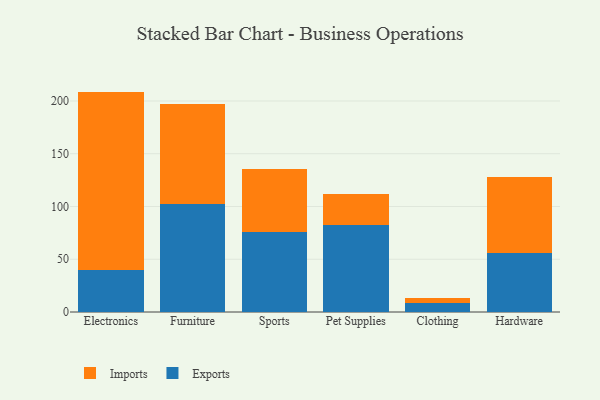
{"axis": {"x": "Category", "y": "Humidity (%)"}, "legend": ["Exports", "Imports"], "data": [{"x": "Electronics", "y": 40.1, "type": "Exports"}, {"x": "Electronics", "y": 168.8, "type": "Imports"}, {"x": "Furniture", "y": 102.3, "type": "Exports"}, {"x": "Furniture", "y": 95.3, "type": "Imports"}, {"x": "Sports", "y": 75.5, "type": "Exports"}, {"x": "Sports", "y": 60.2, "type": "Imports"}, {"x": "Pet Supplies", "y": 82.7, "type": "Exports"}, {"x": "Pet Supplies", "y": 28.9, "type": "Imports"}, {"x": "Clothing", "y": 8.2, "type": "Exports"}, {"x": "Clothing", "y": 5.4, "type": "Imports"}, {"x": "Hardware", "y": 56.1, "type": "Exports"}, {"x": "Hardware", "y": 71.9, "type": "Imports"}]}